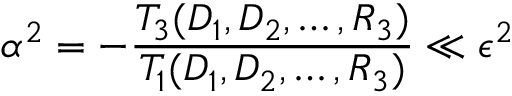
\alpha ^ { 2 } = - \frac { T _ { 3 } ( D _ { 1 } , D _ { 2 } , \dots , R _ { 3 } ) } { T _ { 1 } ( D _ { 1 } , D _ { 2 } , \dots , R _ { 3 } ) } \ll \epsilon ^ { 2 }